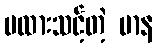
မထားသင့်တဲ့ မာန